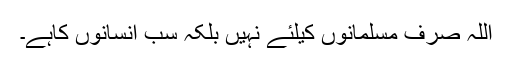
اللہ صرف مسلمانوں کیلئے نہیں بلکہ سب انسانوں کاہے۔